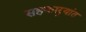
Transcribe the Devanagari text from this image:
सहकार्‍यांत